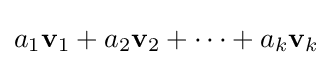
a_{1}\mathbf {v} _{1}+a_{2}\mathbf {v} _{2}+\cdots +a_{k}\mathbf {v} _{k}